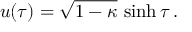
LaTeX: u ( \tau ) = \sqrt { 1 - \kappa } \, \sinh \tau \, .